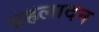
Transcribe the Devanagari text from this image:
प्रहलादन